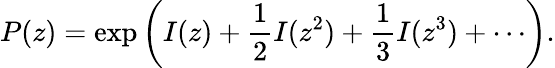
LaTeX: P(z)=\exp\left(I(z)+{\frac{1}{2}}I(z^{2})+{\frac{1}{3}}I(z^{3})+\cdots\right).